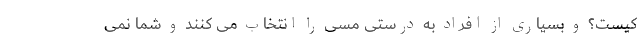
کیست؟ و بسیاری از افراد به درستی مسی را انتخاب می کنند و شما نمی